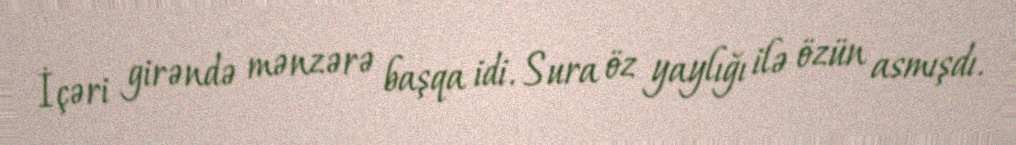
İçəri girəndə mənzərə başqa idi. Sura öz yaylığı ilə özün asmışdı.